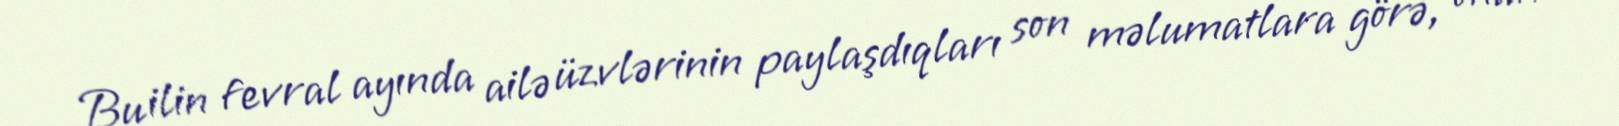
Bu ilin fevral ayında ailə üzvlərinin paylaşdıqları son məlumatlara görə, onun